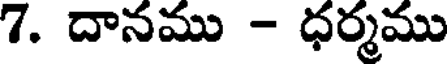
7. దానము - ధర్మము